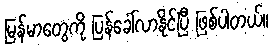
မြန်မာတွေကို ပြန်ခေါ်လာနိုင်ပြီ ဖြစ်ပါတယ်။